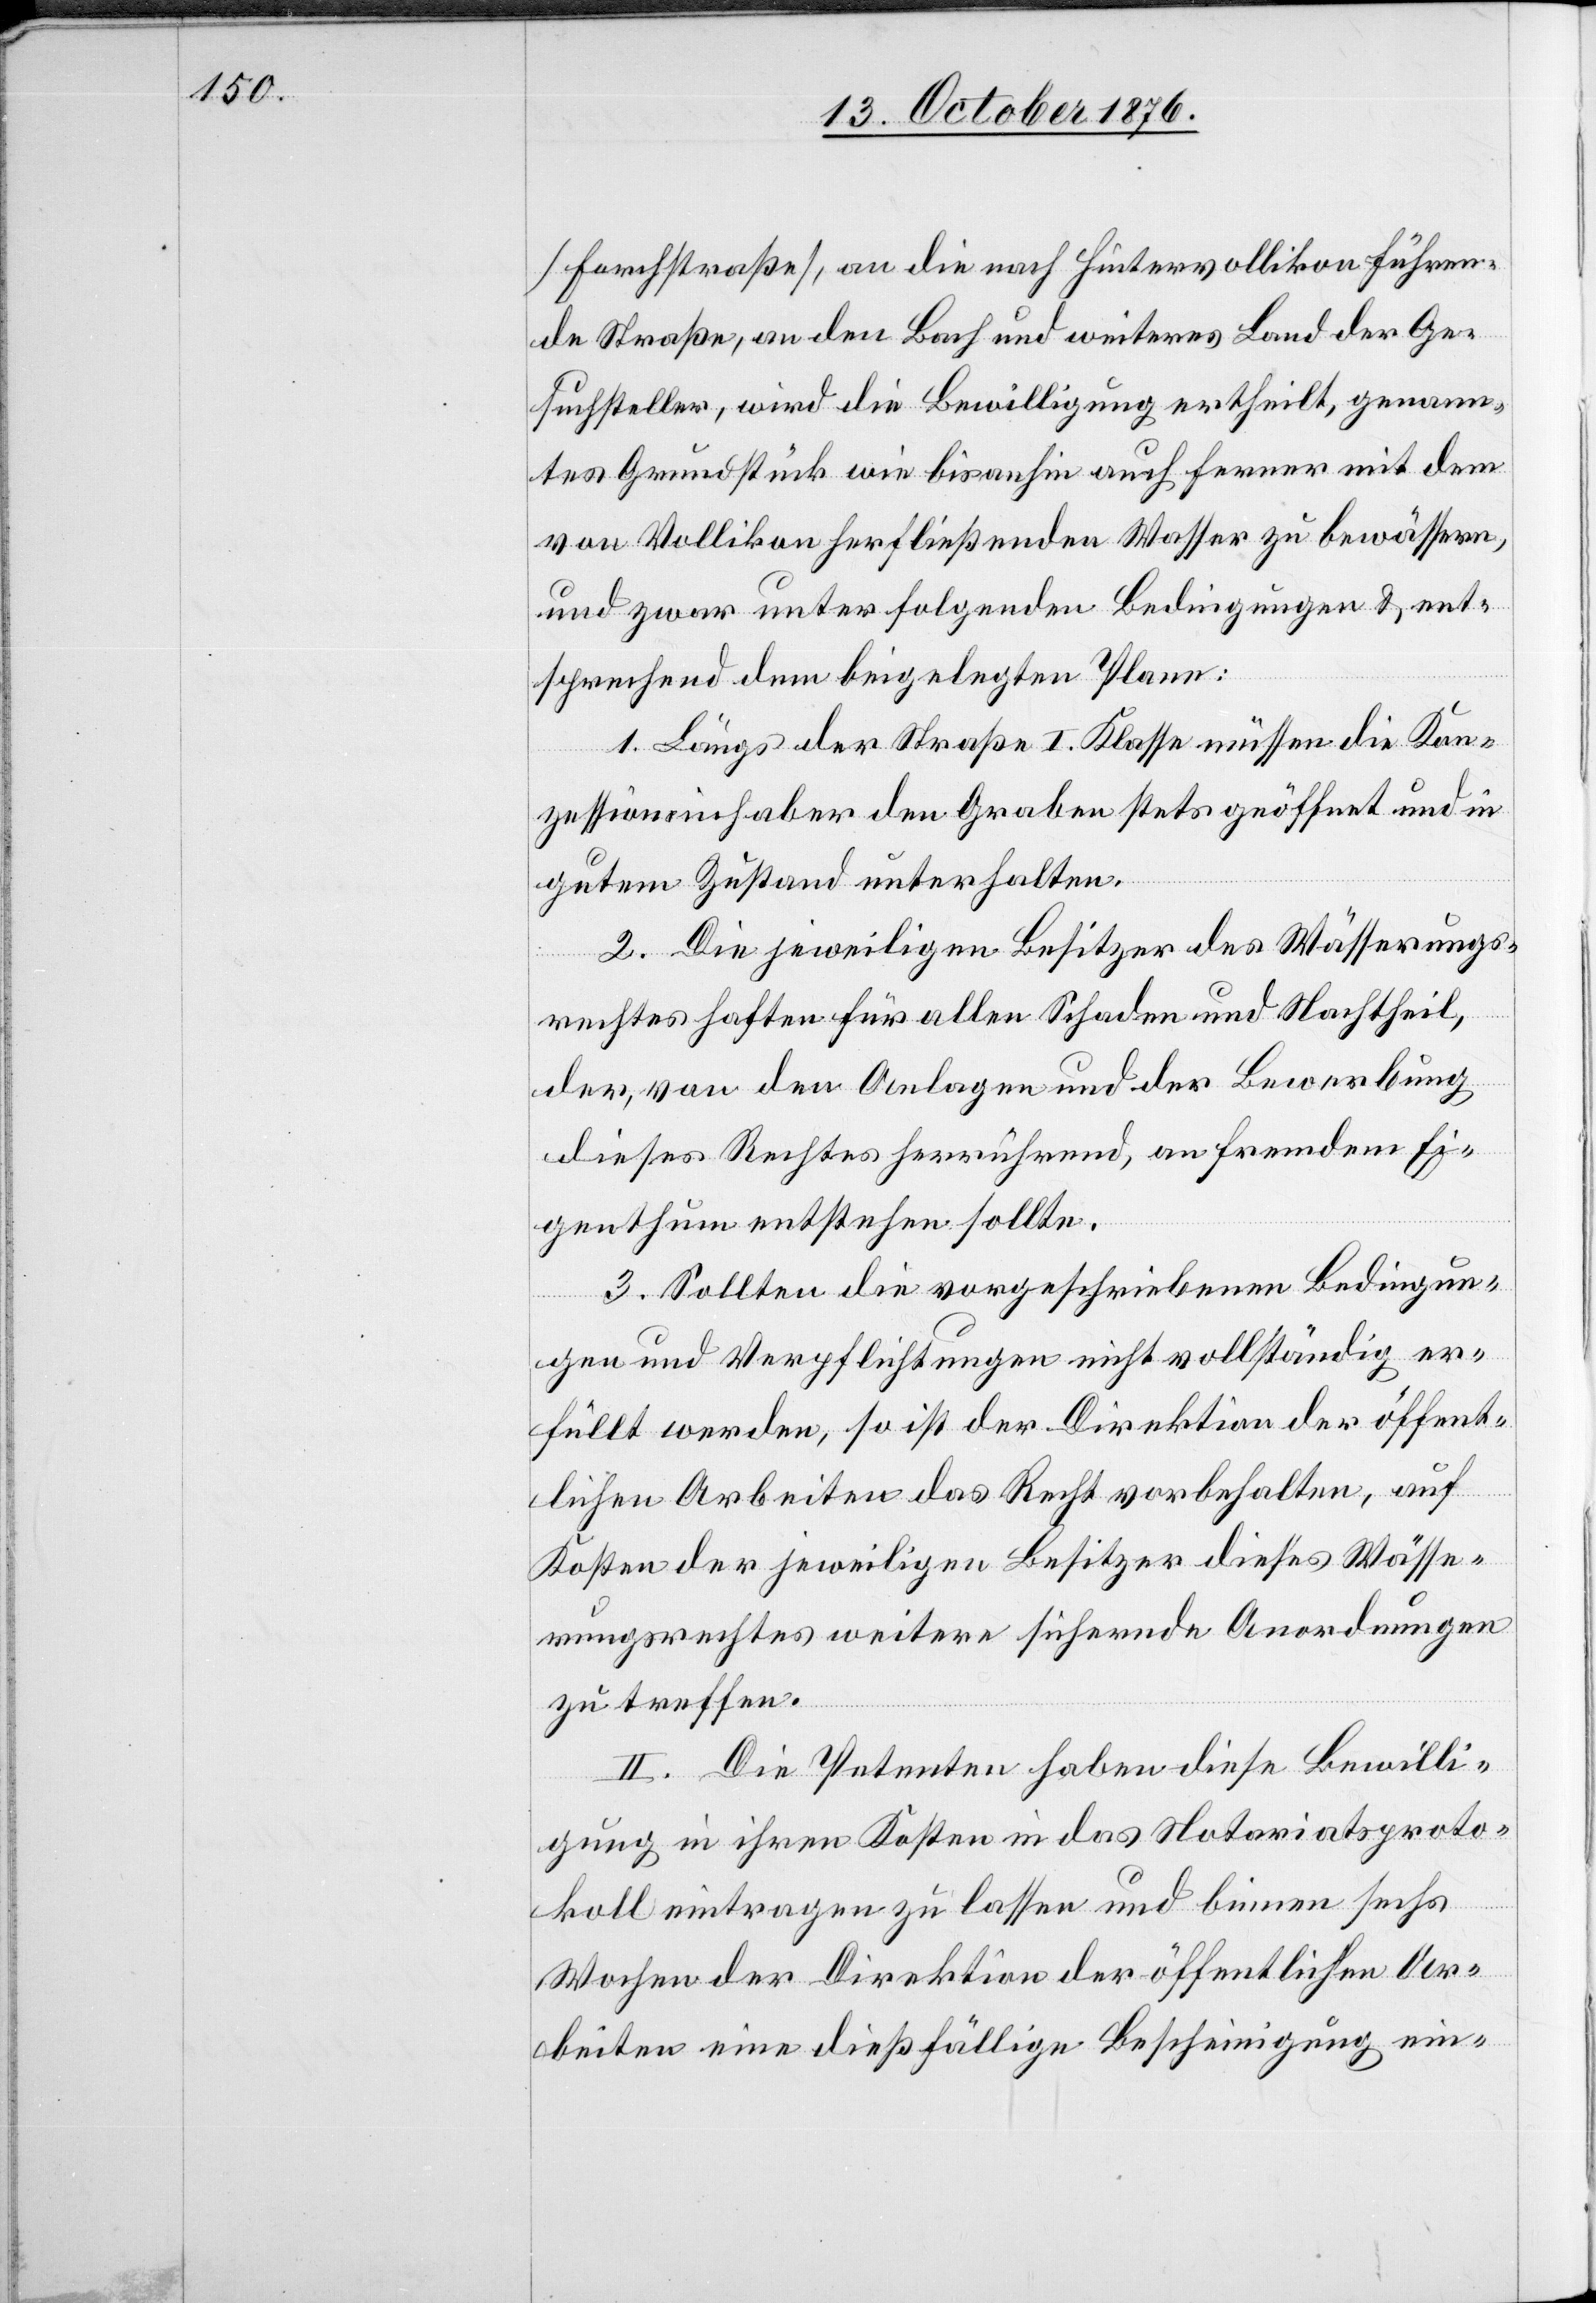
[Fahrstraße], an die nach Hintervollikon führen¬
de Straße, an den Bach und weiteres Land der Ge¬
suchsteller, wird die Bewilligung ertheilt, genann¬
tes Grundstück wie bis anhin auch ferner mit dem
von Vollikon fortfließenden Wasser zu bewässern,
und zwar unter folgenden Bedingungen & ent¬
sprechend dem beigelegten Plane:
1. Längs der Straße I. Klasse müssen die Kon¬
zessionsinhaber den Graben stets geöffnet und in
gutem Zustand unterhalten.
2. Die jeweiligen Besitzer des Wässerungs¬
rechtes haften für allen Schaden und Nachtheil,
der, von den Anlagen und der Bewerbung
dieses Rechtes herrührend, an fremdem Ei¬
genthum entstehen sollte.
3. Sollten die vorgeschriebenen Bedingun¬
gen und Verpflichtungen nicht vollständig er¬
füllt werden, so ist der Direktion der öffent¬
lichen Arbeiten das Recht vorbehalten, auf
Kosten der jeweiligen Besitzer dieses Wässe¬
rungsrechtes weitere sichernde Anordnungen
zu treffen.
II. Die Petenten haben diese Bewilli¬
gung in ihren Kosten in das Notariatsproto¬
koll eintragen zu lassen und binnen sechs
Wochen der Direktion der öffentlichen Ar¬
beiten eine dießfällige Bescheinigung ein-